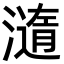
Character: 㵦